Indian journal of veterinary science and animal husbandry - Volume 10,
Year: 1940
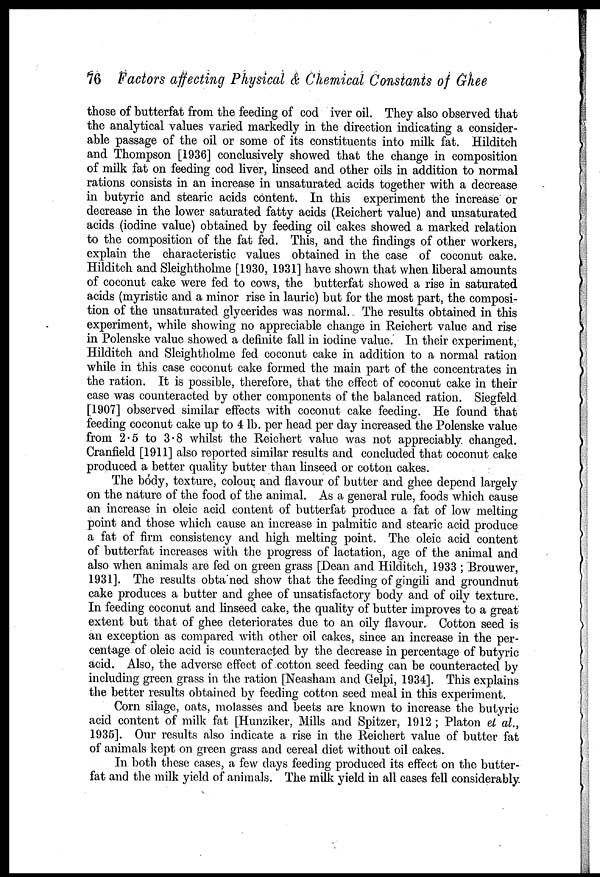
76 Factors affecting Physical & Chemical Constants of Ghee
those of butterfat from the feeding of cod iver oil. They also observed that
the analytical values varied markedly in the direction indicating a consider-
able passage of the oil or some of its constituents into milk fat. Hilditch
and Thompson [1936] conclusively showed that the change in composition
of milk fat on feeding cod liver, linseed and other oils in addition to normal
rations consists in an increase in unsaturated acids together with a decrease
in butyric and stearic acids content. In this experiment the increase or
decrease in the lower saturated fatty acids (Reichert value) and unsaturated
acids (iodine value) obtained by feeding oil cakes showed a marked relation
to the composition of the fat fed. This, and the findings of other workers,
explain the characteristic values obtained in the case of coconut cake.
Hilditch and Sleightholme [1930, 1931] have shown that when liberal amounts
of coconut cake were fed to cows, the butterfat showed a rise in saturated
acids (myristic and a minor rise in lauric) but for the most part, the composi-
tion of the unsaturated glycerides was normal. The results obtained in this
experiment, while showing no appreciable change in Reichert value and rise
in Polenske value showed a definite fall in iodine value. In their experiment,
Hilditch and Sleightholme fed coconut cake in addition to a normal ration
while in this case coconut cake formed the main part of the concentrates in
the ration. It is possible, therefore, that the effect of coconut cake in their
case was counteracted by other components of the balanced ration. Siegfeld
[1907] observed similar effects with coconut cake feeding. He found that
feeding coconut cake up to 4 lb. per head per day increased the Polenske value
from 2.5 to 3.8 whilst the Reichert value was not appreciably changed.
Cranfield [1911] also reported similar results and concluded that coconut cake
produced a better quality butter than linseed or cotton cakes.
The body, texture, colour, and flavour of butter and ghee depend largely
on the nature of the food of the animal. As a general rule, foods which cause
an increase in oleic acid content of butterfat produce a fat of low melting
point and those which cause an increase in palmitic and stearic acid produce
a fat of firm consistency and high melting point. The oleic acid content
of butterfat increases with the progress of lactation, age of the animal and
also when animals are fed on green grass [Dean and Hilditch, 1933 ; Brouwer,
1931]. The results obtained show that the feeding of gingili and groundnut
cake produces a butter and ghee of unsatisfactory body and of oily texture.
In feeding coconut and linseed cake, the quality of butter improves to a great
extent but that of ghee deteriorates due to an oily flavour. Cotton seed is
an exception as compared with other oil cakes, since an increase in the per-
centage of oleic acid is counteracted by the decrease in percentage of butyric
acid. Also, the adverse effect of cotton seed feeding can be counteracted by
including green grass in the ration [Neasham and Gelpi, 1934]. This explains
the better results obtained by feeding cotton seed meal in this experiment.
Corn silage, oats, molasses and beets are known to increase the butyric
acid content of milk fat [Hunziker, Mills and Spitzer, 1912 ; Platon et al.,
1935]. Our results also indicate a rise in the Reichert value of butter fat
of animals kept on green grass and cereal diet without oil cakes.
In both these cases, a few days feeding produced its effect on the butter-
fat and the milk yield of animals. The milk yield in all cases fell considerably.